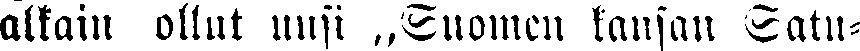
alkain ollut uusi „Suomen kansan Satu-